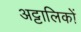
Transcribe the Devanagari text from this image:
अट्टालिकों